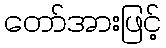
တော်အားဖြင့်